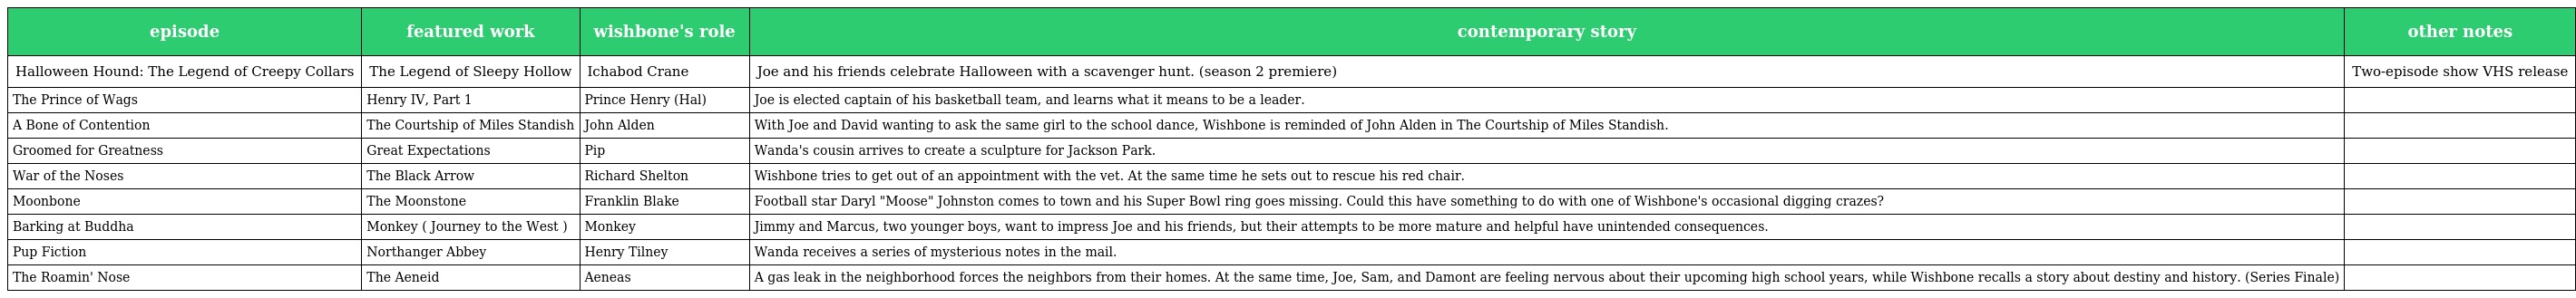
| episode | featured work | wishbone's role | contemporary story | other notes |
 | --- | --- | --- | --- | --- |
 | Halloween Hound: The Legend of Creepy Collars | The Legend of Sleepy Hollow | Ichabod Crane | Joe and his friends celebrate Halloween with a scavenger hunt. (season 2 premiere) | Two-episode show VHS release |
 | The Prince of Wags | Henry IV, Part 1 | Prince Henry (Hal) | Joe is elected captain of his basketball team, and learns what it means to be a leader. |  |
 | A Bone of Contention | The Courtship of Miles Standish | John Alden | With Joe and David wanting to ask the same girl to the school dance, Wishbone is reminded of John Alden in The Courtship of Miles Standish. |  |
 | Groomed for Greatness | Great Expectations | Pip | Wanda's cousin arrives to create a sculpture for Jackson Park. |  |
 | War of the Noses | The Black Arrow | Richard Shelton | Wishbone tries to get out of an appointment with the vet. At the same time he sets out to rescue his red chair. |  |
 | Moonbone | The Moonstone | Franklin Blake | Football star Daryl "Moose" Johnston comes to town and his Super Bowl ring goes missing. Could this have something to do with one of Wishbone's occasional digging crazes? |  |
 | Barking at Buddha | Monkey ( Journey to the West ) | Monkey | Jimmy and Marcus, two younger boys, want to impress Joe and his friends, but their attempts to be more mature and helpful have unintended consequences. |  |
 | Pup Fiction | Northanger Abbey | Henry Tilney | Wanda receives a series of mysterious notes in the mail. |  |
 | The Roamin' Nose | The Aeneid | Aeneas | A gas leak in the neighborhood forces the neighbors from their homes. At the same time, Joe, Sam, and Damont are feeling nervous about their upcoming high school years, while Wishbone recalls a story about destiny and history. (Series Finale) |  |